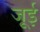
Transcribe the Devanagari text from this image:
जूई